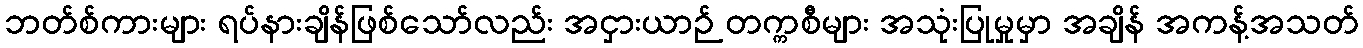
ဘတ်စ်ကားများ ရပ်နားချိန်ဖြစ်သော်လည်း အငှားယာဉ် တက္ကစီများ အသုံးပြုမှုမှာ အချိန် အကန့်အသတ်